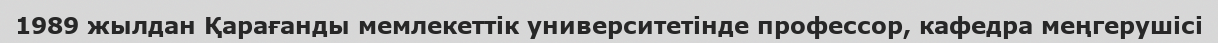
1989 жылдан Қарағанды мемлекеттік университетінде профессор, кафедра меңгерушісі